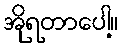
အိုရတာပေါ့။